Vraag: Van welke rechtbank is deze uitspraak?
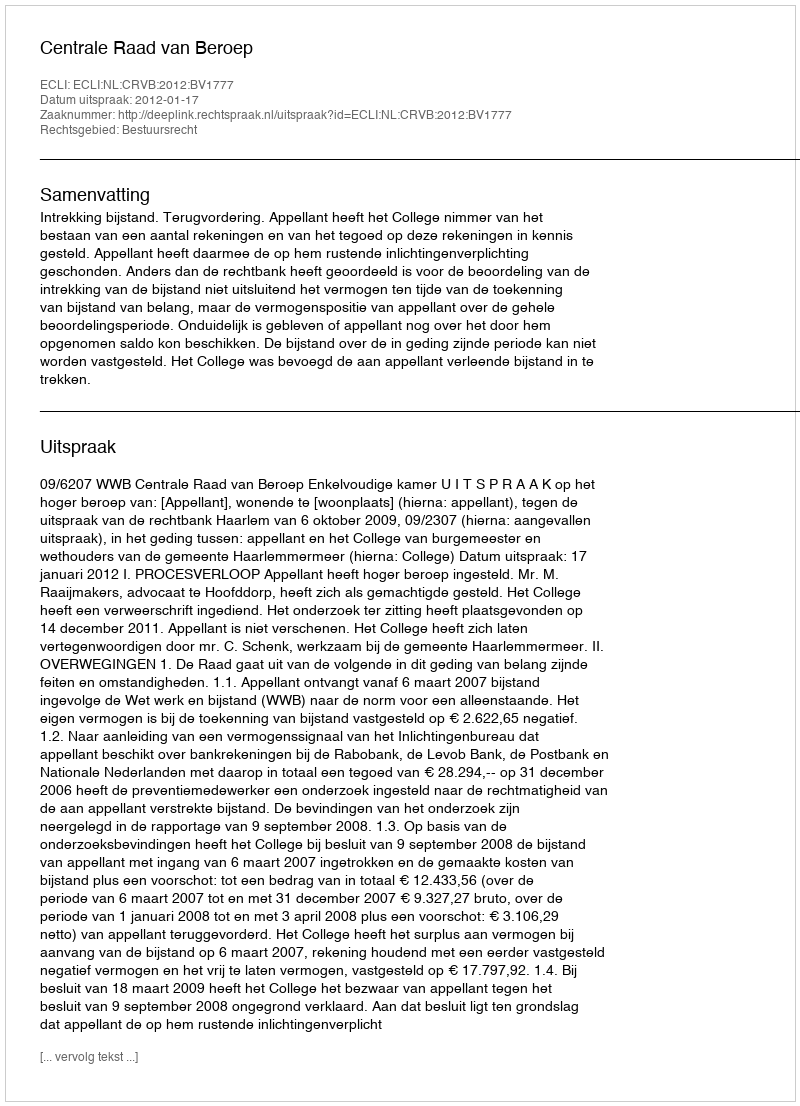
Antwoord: Centrale Raad van Beroep